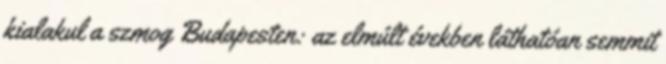
kialakul a szmog Budapesten: az elmúlt években láthatóan semmit